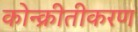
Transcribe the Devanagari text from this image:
कोन्क्रीतीकरण